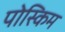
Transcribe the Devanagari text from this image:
पोस्किम